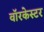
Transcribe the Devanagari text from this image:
वॉरकेस्टर